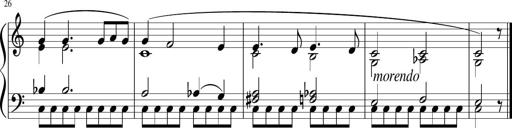
Title: 3 Sonatinen
Composer: Heinrich Lichner